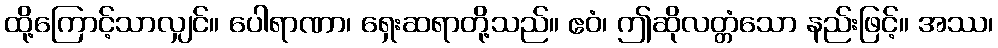
ထို့ကြောင့်သာလျှင်။ ပေါရာဏာ၊ ရှေးဆရာတို့သည်။ ဧဝံ၊ ဤဆိုလတ္တံသော နည်းဖြင့်။ အဿ၊